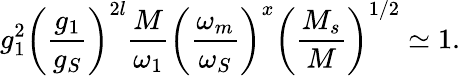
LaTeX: g_{1}^{2}\left(\frac{g_{1}}{g_{S}}\right)^{2l}\frac M{\omega_{1}}\left(\frac{\omega_{m}}{\omega_{S}}\right)^{x}\left(\frac{M_{s}}{M}\right)^{1/2}\simeq 1.